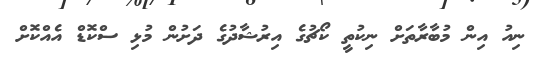
ނިއު އިން މުބާރާތަށް ނިކުތީ ކޯޗުގެ އިރުޝާދުގެ ދަށުން މުޅި ސްކޮޑް އެއްކޮށް